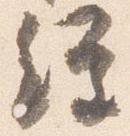
経